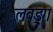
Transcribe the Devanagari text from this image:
लवङ्ग